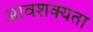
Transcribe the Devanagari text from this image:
आवशक्यता